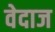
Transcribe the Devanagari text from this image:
वेदाज